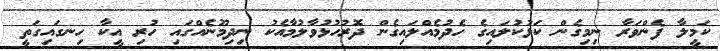
ކަމީލާ ފެންވަރާ ނިމިގެން ކަޅުކުލައިގެ ހެދުމެއްލައިގެން ދޮރުހުޅުވާލުމާއެކު ނިދިމޫނެއްގައި ހުރި އީކާ ހިނގައިގަތީ